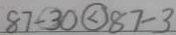
8 7 - 3 0 \textcircled { < } 8 7 - 3